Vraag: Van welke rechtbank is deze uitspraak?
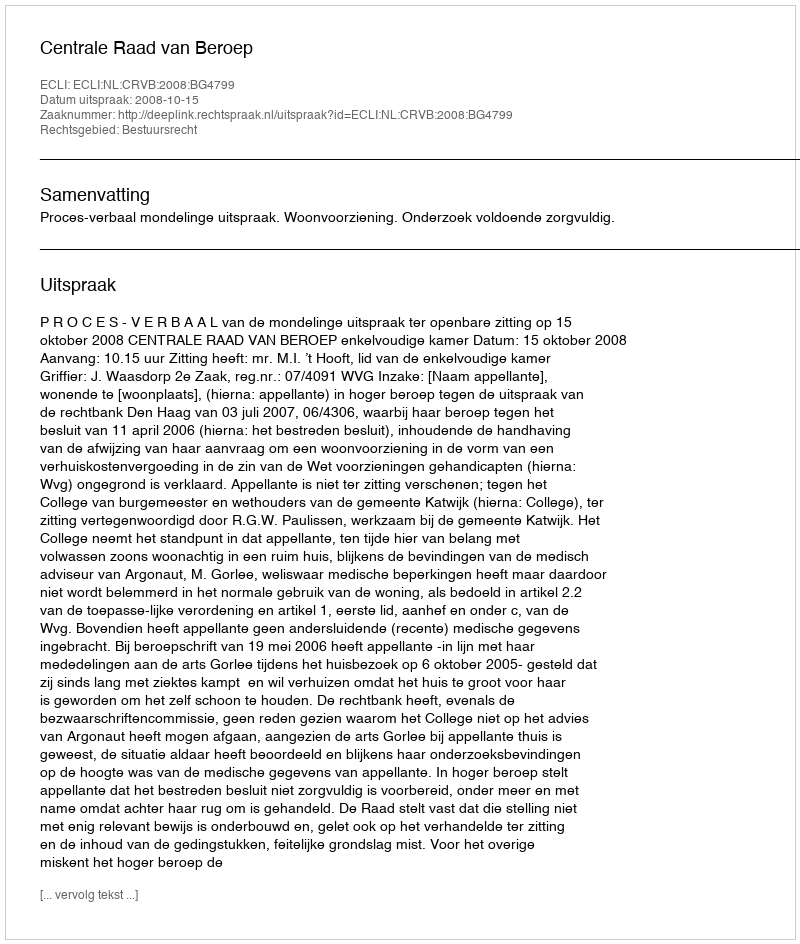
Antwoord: Centrale Raad van Beroep